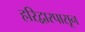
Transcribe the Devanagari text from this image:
हरिद्वारपासून